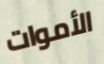
الأموات